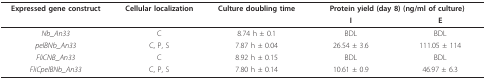
<table><thead><tr><td><b>Expressed gene construct</b></td><td><b>Cellular localization</b></td><td><b>Culture doubling time</b></td><td colspan="2"><b>Protein yield (day 8) (ng/ml of culture)</b></td></tr><tr><td></td><td></td><td></td><td><b>I</b></td><td><b>E</b></td></tr></thead><tbody><tr><td><i>Nb_An33</i></td><td>C</td><td>8.74 h ± 0.1</td><td>BDL</td><td>BDL</td></tr><tr><td><i>pelBNb_An33</i></td><td>C, P, S</td><td>7.87 h ± 0.04</td><td>26.54 ± 3.6</td><td>111.05 ± 114</td></tr><tr><td><i>FliCNB_An33</i></td><td>C</td><td>8.92 h ± 0.15</td><td>BDL</td><td>BDL</td></tr><tr><td><i>FliCpelBNb_An33</i></td><td>C, P, S</td><td>7.80 h ± 0.14</td><td>10.61 ± 0.9</td><td>46.97 ± 6.3</td></tr></tbody></table>